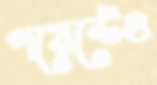
পয়েন্টেও